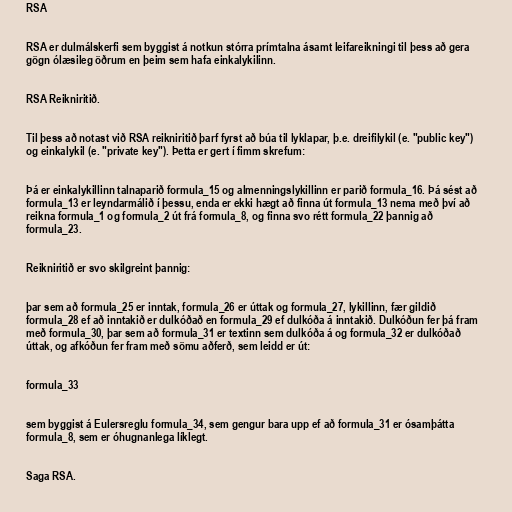
RSA

RSA er dulmálskerfi sem byggist á notkun stórra prímtalna ásamt leifareikningi til þess að gera
gögn ólæsileg öðrum en þeim sem hafa einkalykilinn.

RSA Reikniritið.

Til þess að notast við RSA reikniritið þarf fyrst að búa til lyklapar, þ.e. dreifilykil (e. "public key")
og einkalykil (e. "private key"). Þetta er gert í fimm skrefum:

Þá er einkalykillinn talnaparið formula_15 og almenningslykillinn er parið formula_16. Þá sést að
formula_13 er leyndarmálið í þessu, enda er ekki hægt að finna út formula_13 nema með því að
reikna formula_1 og formula_2 út frá formula_8, og finna svo rétt formula_22 þannig að
formula_23.

Reikniritið er svo skilgreint þannig:

þar sem að formula_25 er inntak, formula_26 er úttak og formula_27, lykillinn, fær gildið
formula_28 ef að inntakið er dulkóðað en formula_29 ef dulkóða á inntakið. Dulkóðun fer þá fram
með formula_30, þar sem að formula_31 er textinn sem dulkóða á og formula_32 er dulkóðað
úttak, og afkóðun fer fram með sömu aðferð, sem leidd er út:

formula_33

sem byggist á Eulersreglu formula_34, sem gengur bara upp ef að formula_31 er ósamþátta
formula_8, sem er óhugnanlega líklegt.

Saga RSA.